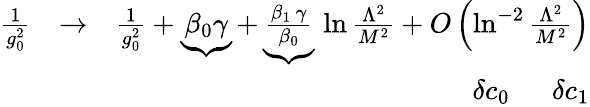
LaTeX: \begin{array}{rlr}{{\frac{1}{g_{0}^{2}}}}&{\to}&{{\frac{1}{g_{0}^{2}}}+\underbrace{\beta_{0}\gamma}+\underbrace{\frac{\beta_{1}\, \gamma}{\beta_{0}}}\, \ln{\frac{\Lambda^{2}}{M^{2}}}+O\left(\ln^{-2}{\frac{\Lambda^{2}}{M^{2}}}\right)}\\ &{}&{\qquad\ \ \delta c_{0}\quad\ \ \delta c_{1}}\end{array}